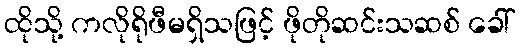
ထိုသို့ ကလိုရိုဖီမရှိသဖြင့် ဖိုတိုဆင်းသဆစ် ခေါ်